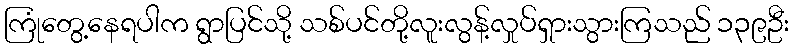
ကြုံတွေ့နေရပါက ရွာပြင်သို့ သစ်ပင်တို့လူးလွန့်လှုပ်ရှားသွားကြသည် ၁၃၉ဦး